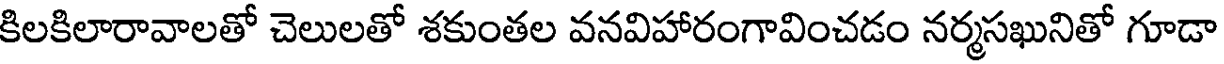
కిలకిలారావాలతో చెలులతో శకుంతల వనవిహారంగావించడం నర్మసఖునితో గూడా